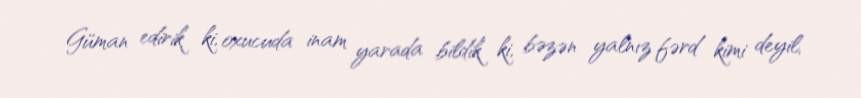
Güman edirik ki, oxucuda inam yarada bildik ki, bəzən yalnız fərd kimi deyil,